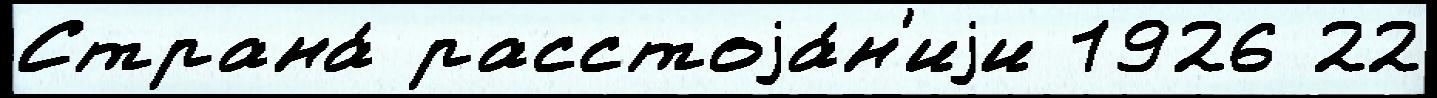
Страна́ расстоjа́н'иjи 1926 22